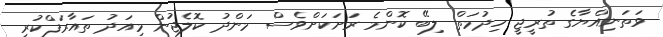
ވަތަނިއްޔާގެ ތުރީޖީ ހިދުމަތް ލިބޭ ކޮންމެ ރަށަކަށްވެސް މަންދު ކޮލެޖުން މިއަދު ތައާރަފްކުރި